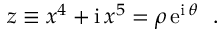
z \equiv x ^ { 4 } + \mathrm { i } \, x ^ { 5 } = \rho \, \mathrm { e } ^ { \mathrm { i } \, \theta } ~ ~ .